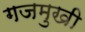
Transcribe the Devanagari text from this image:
गजमुखी